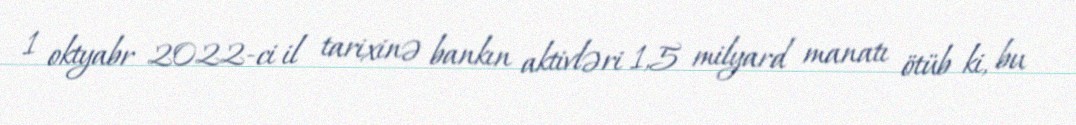
1 oktyabr 2022-ci il tarixinə bankın aktivləri 1,5 milyard manatı ötüb ki, bu